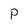
Character: P